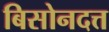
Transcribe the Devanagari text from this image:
बिसोनदत्त